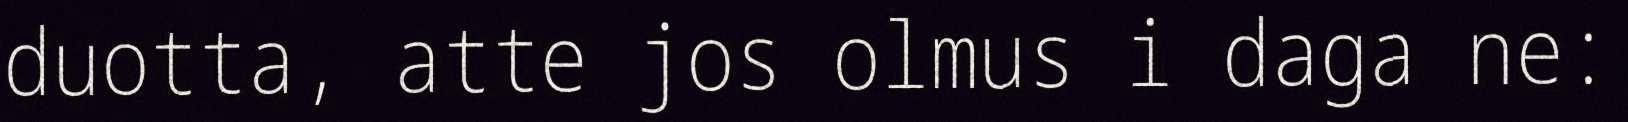
duotta, atte jos olmus i daga ne: